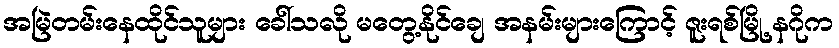
အမြဲတမ်းနေထိုင်သူများ ခေါ်သလို မတွေ့နိုင်ချေ အနမ်းများကြောင့် ဇူးရစ်မြို့ နဂိုက